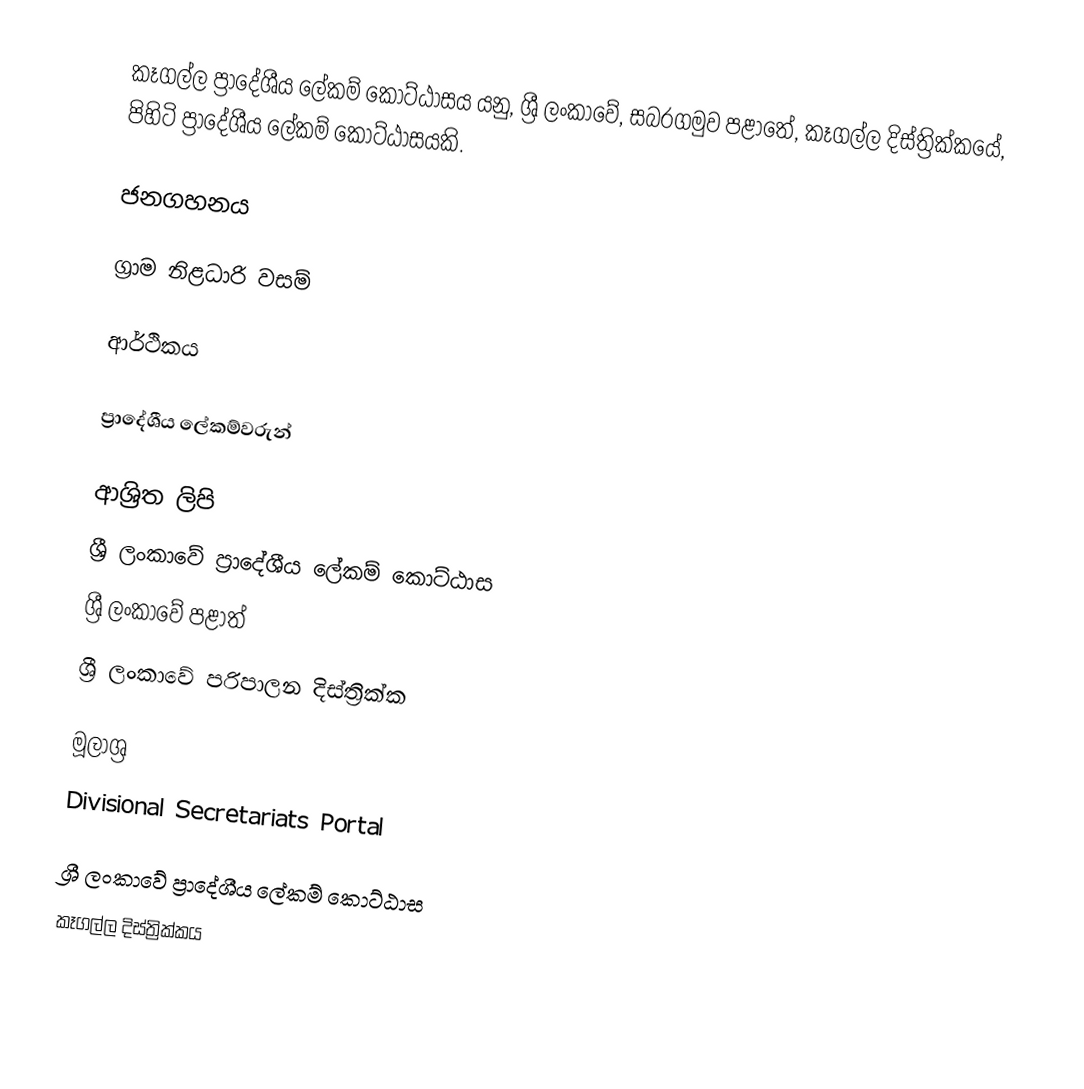
කෑගල්ල ප්‍රාදේශීය ලේකම් කොට්ඨාසය යනු,  ශ්‍රී ලංකාවේ, සබරගමුව පළාතේ,   කෑගල්ල දිස්ත්‍රික්කයේ, පිහිටි ප්‍රාදේශීය ලේකම් කොට්ඨාසයකි.

ජනගහනය

ග්‍රාම නිළධාරි වසම්

ආර්ථිකය

ප්‍රාදේශීය ලේකම්වරුන්

ආශ්‍රිත ලිපි
ශ්‍රී ලංකාවේ ප්‍රාදේශීය ලේකම් කොට්ඨාස
ශ්‍රී ලංකාවේ පළාත්
ශ්‍රී ලංකාවේ පරිපාලන දිස්ත්‍රික්ක

මූලාශ්‍ර
 Divisional Secretariats Portal

ශ්‍රී ලංකාවේ ප්‍රාදේශීය ලේකම් කොට්ඨාස
කෑගල්ල දිස්ත්‍රික්කය